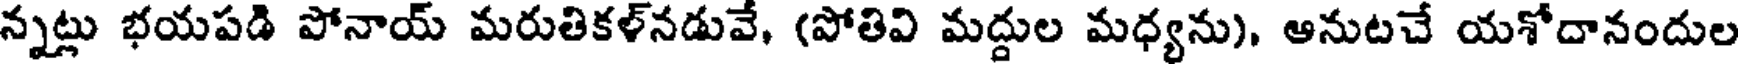
న్నట్లు భయపడి పోనాయ్ మరుతికళ్నడువే, (పోతివి మద్దుల మధ్యను), ఆనుటచే యశోదానందుల